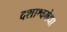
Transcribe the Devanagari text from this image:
दशाश्वमेधा